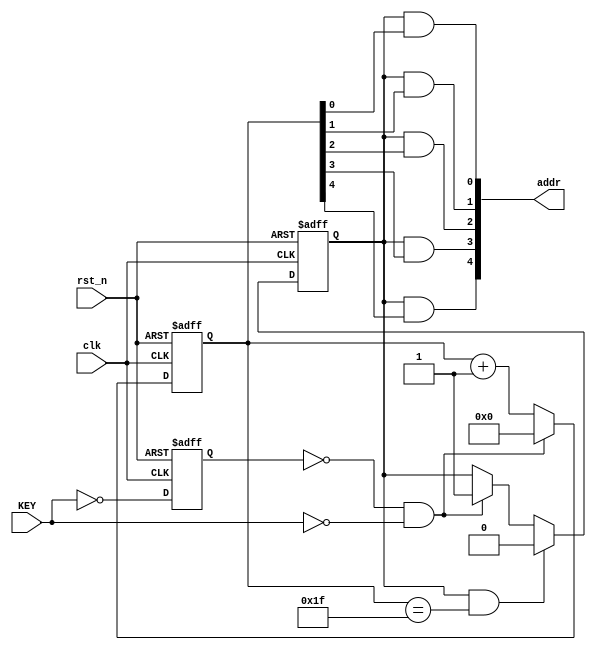
//////////////////////////////////////////////////////////////////////////////////////
// Daria Pankova Wed Nov 18 16:28:00 EST 2015
// Read out Module for baseline drift correction simulation
// (Pulse one clock cycle when a positive edge is detected and
// after signal go to move throu all the adresses)
//////////////////////////////////////////////////////////////////////////////////////
module read_mod
  (
   input 	clk, // clock
   input 	rst_n, // active low reset
   input 	KEY, // input on which positive edges should be detected
   output [4:0] addr	
   );
   
   localparam L_RAM_SIZE = 32; // Size of the RAM (number of addresses)
   reg 		ff;
   reg [4:0] 	counter;
   reg 		flag;
   reg 		addr_reg;
   wire 	y;
   
   always @(posedge clk or negedge rst_n)
     begin
	if ( !rst_n ) 
	  begin
	     ff <= 1'b0;
	     flag <= 1'b0;
	     counter <= 5'b0;
	  end
	else 
	  begin
	     ff <= ~KEY;
	     counter <= counter + 1'b1;
	     
	     if (y)
	       begin
		  counter <= 5'b0;
		  flag <= 1'b1;
	       end
	     
	     if (flag && (counter == L_RAM_SIZE-1'b1)) 
	       begin
		  flag <= 1'b0;
	       end	
	  end // else: !if( !rst_n )
	
	
    end	
   assign y = !ff & !KEY;
   assign addr[0] = flag && counter[0];
   assign addr[1] = flag && counter[1];
   assign addr[2] = flag && counter[2];
   assign addr[3] = flag && counter[3];
   assign addr[4] = flag && counter[4];
   
endmodule